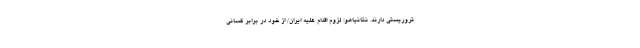
تروریستی دارند. نتانیاهو: لزوم اقدام علیه ایران/ از خود در برابر کسانی